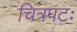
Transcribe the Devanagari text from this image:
चित्रपटः